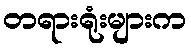
တရားရုံးများက